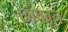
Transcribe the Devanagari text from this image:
छापवून